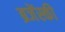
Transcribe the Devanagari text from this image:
ब्रजेंस्की